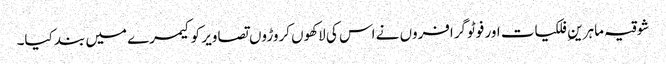
شوقیہ ماہرینِ فلکیات اور فوٹوگرافروں نے اس کی لاکھوں کروڑوں تصاویر کو کیمرے میں بند کیا۔